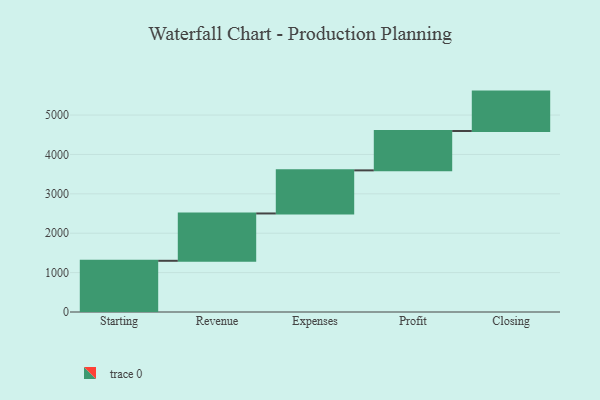
{"axis": {"x": "Step", "y": "Value"}, "legend": [""], "data": [{"x": "Starting", "y": 1300.0, "type": ""}, {"x": "Revenue", "y": 1202.0, "type": ""}, {"x": "Expenses", "y": 1094.0, "type": ""}, {"x": "Profit", "y": 1000, "type": ""}, {"x": "Closing", "y": 1000, "type": ""}]}